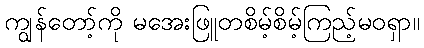
ကျွန်တော့်ကို မအေးဖြူတစိမ့်စိမ့်ကြည့်မဝရှာ။